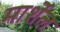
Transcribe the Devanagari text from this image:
मार्शेल